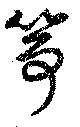
筝